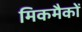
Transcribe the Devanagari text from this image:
मिकमैकों